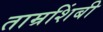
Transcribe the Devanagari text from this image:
ताम्रशिंबी